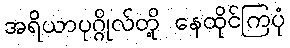
အရိယာပုဂ္ဂိုလ်တို့ နေထိုင်ကြပုံ